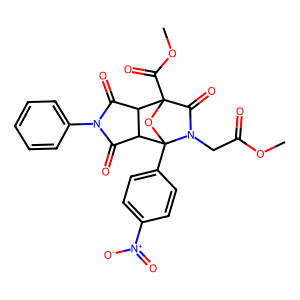
SMILES: COC(=O)CN1C(=O)C2(C(=O)OC)OC1(c1ccc([N+](=O)[O-])cc1)C1C(=O)N(c3ccccc3)C(=O)C12
Inhibits HIV replication: No